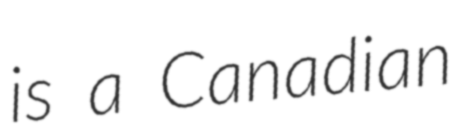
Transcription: is a Canadian